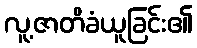
လူ့ဇာတိခံယူခြင်း၏